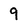
Character: 9